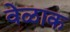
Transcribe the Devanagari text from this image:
वेळाक